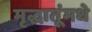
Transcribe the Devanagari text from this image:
मृद्धातूंमधे